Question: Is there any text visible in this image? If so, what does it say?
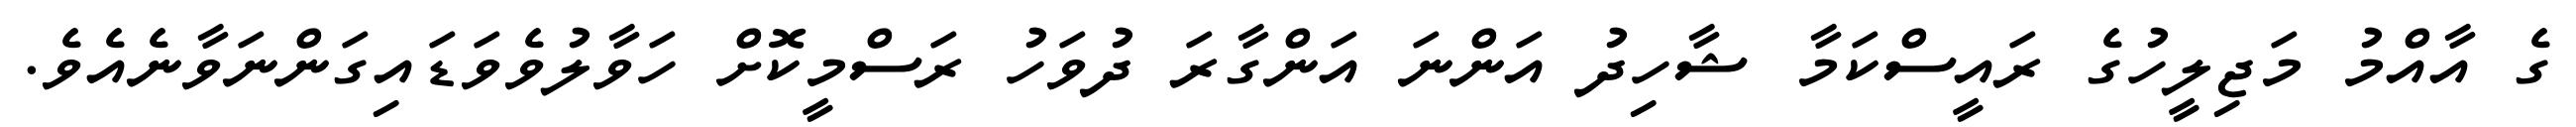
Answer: ގެ އާއްމު މަޖިލީހުގެ ރައީސްކަމާ ޝާހިދު އަންނަ އަންގާރަ ދުވަހު ރަސްމީކޮށް ހަވާލުވެވަޑައިގަންނަވާނެއެވެ.